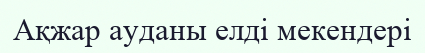
Ақжар ауданы елді мекендері